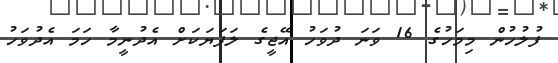
ފުލުހުން މިމަހުގެ 16 ވަނަ ދުވަހު އޭޖީގެ ލަފަޔަކަށް އެދުނީމާ ހަމަ އެދުވަހު